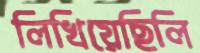
লিখিয়েছিলি